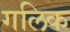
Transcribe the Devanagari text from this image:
गलिक